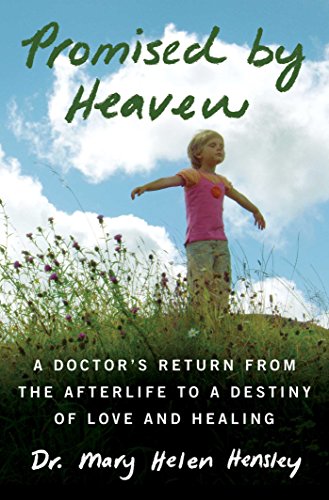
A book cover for Promised by Heaven: A Doctor's Return from the Afterlife to a Destiny of Love and Healing; Mary Helen Hensley; Religion & Spirituality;